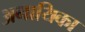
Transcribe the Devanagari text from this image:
अनायिका